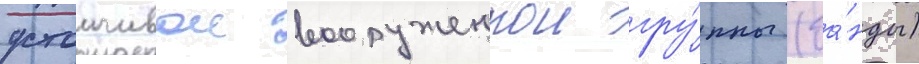
устоичивои вооруженнои гру́ппы (ба́нды)